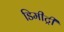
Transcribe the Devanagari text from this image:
डिमीट्री